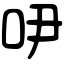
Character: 吚